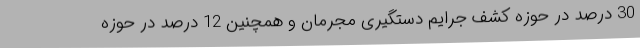
30 درصد در حوزه کشف جرایم دستگیری مجرمان و همچنین 12 درصد در حوزه